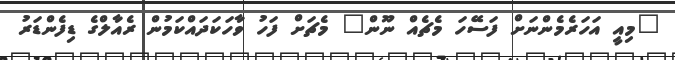
"މިއީ އަހަރެމެންނަށް ފަސޭހަ މެޗެއް ނޫން" މެޗަށް ފަހު ވާހަކަދައްކަމުން ރެއާލްގެ ޑިފެންޑަރު